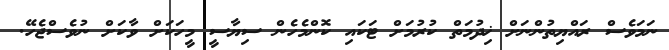
ނަމަވެސް ރައްޔިތުންނަށް ޚިދުމަތް ކުރުމަށް ޓަކައި ކޮންމެހެން ސިޔާސީ މީހަކަށް ވާކަށް ނުވެސްޖެހޭ.